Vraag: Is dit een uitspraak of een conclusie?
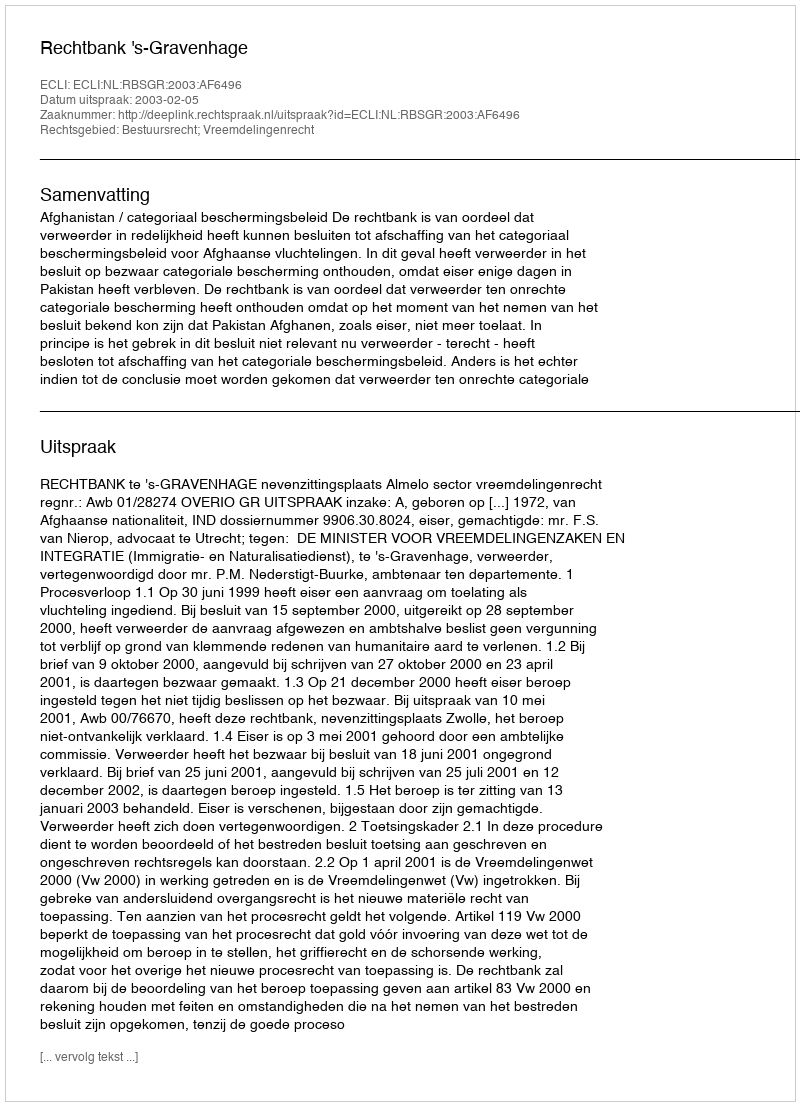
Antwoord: Uitspraak